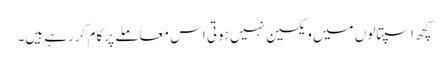
کچھ اسپتالوں میں ویکسین نہیں ہوتی اس معاملے پر کام کررہے ہیں۔